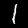
Digit: 1